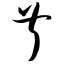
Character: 叔